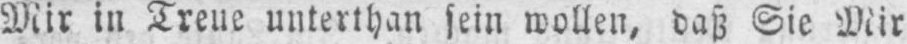
Mir in Treue unterthan sein wollen, daß Sie Mir